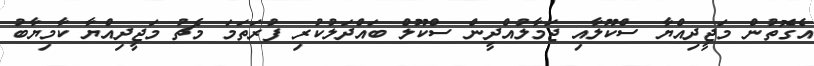
އެގޮތުން މަޖީދިއްޔާ ސްކޫލާއި ޖަމާލުއްދީން ސްކޫލް ބައްދަލުކުރި ފުރަތަމަ މެޗު މަޖީދިއްޔާ ކާމިޔާބު